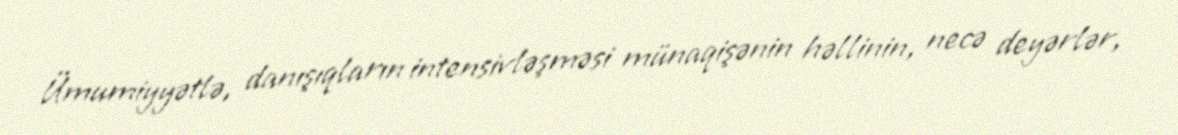
Ümumiyyətlə, danışıqların intensivləşməsi münaqişənin həllinin, necə deyərlər,